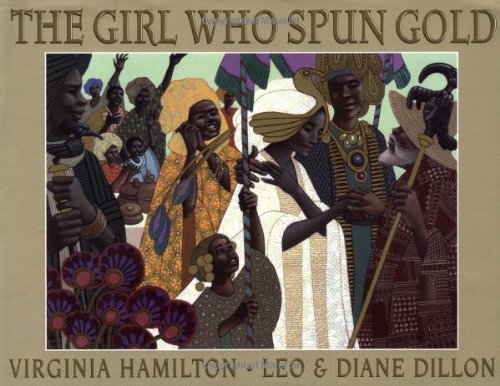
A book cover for The Girl Who Spun Gold; Virginia Hamilton; Children's Books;